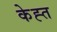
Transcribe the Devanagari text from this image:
केह्त